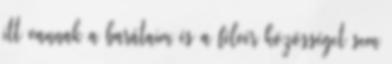
itt vannak a barátaim és a félvér közösséget sem